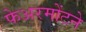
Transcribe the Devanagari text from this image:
फेअरमोंटने